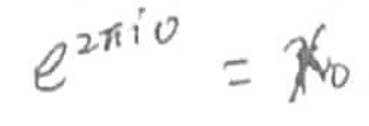
$e^{2\pi i0}=\kappa_0$